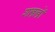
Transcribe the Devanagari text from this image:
शास्त्रास्त्रों